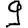
Digit: 9